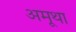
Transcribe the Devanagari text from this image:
अमूथा